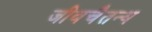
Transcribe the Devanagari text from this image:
जीवचैतन्य